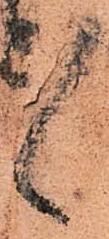
ゝ